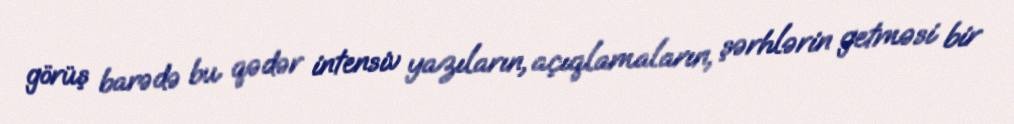
görüş barədə bu qədər intensiv yazıların, açıqlamaların, şərhlərin getməsi bir